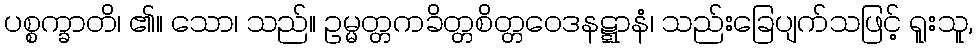
ပစ္စက္ခာတိ၊ ၏။ သော၊ သည်။ ဥမ္မတ္တကခိတ္တစိတ္တဝေဒနဋ္ဋာနံ၊ သည်းခြေပျက်သဖြင့် ရူးသူ,